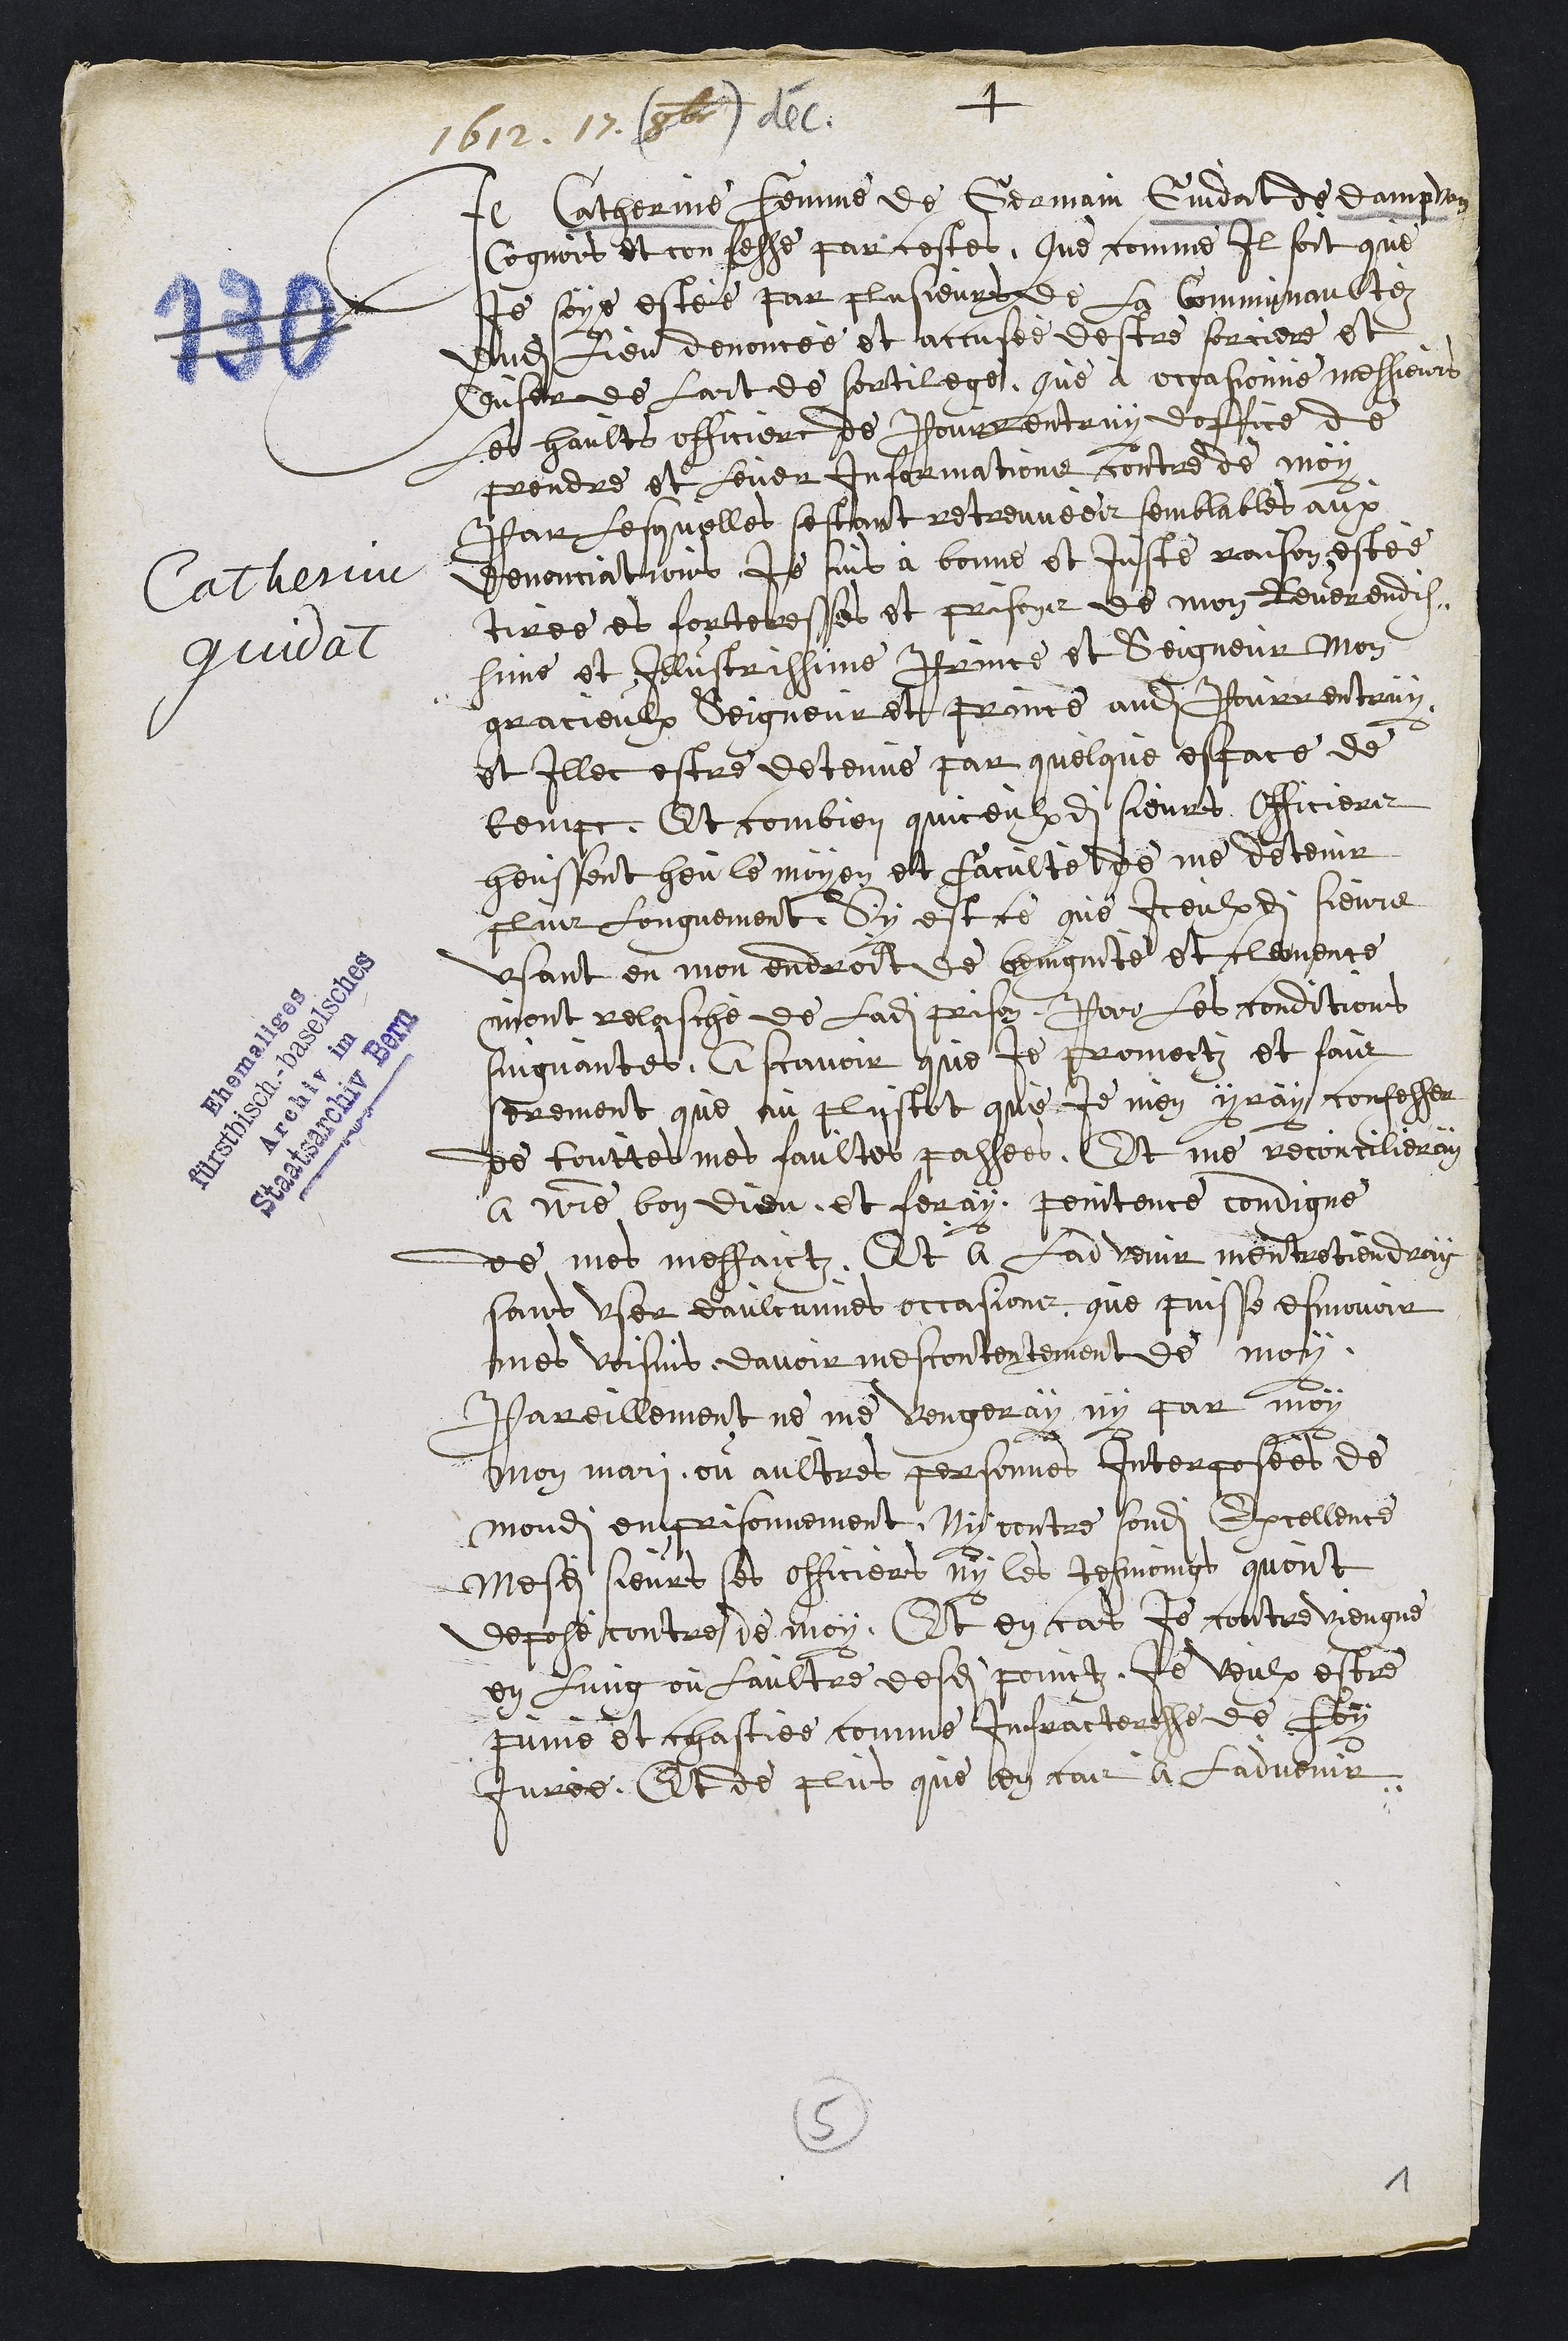
Catherine
Guidat
+
Je Catherine femme de Germain Gindat de Dampvan
Cognoit et confesse par cestes, que comme Il soit que
Je soye estée par plusieurs de la Communaultez
dudit lieu denoncée et accusée destre sorciere et
duser de lart de sortilege, que à occasionné messieurs
les haults officiers de Pourrentruy doffice de
prendre et lever informations contre de moy
Par lesquelle sestant retreuvees semblables aux
denonciations, je suis à bonne et juste raison estee
tiree es forteresses et prisons de mon Reverendis-
sime et Illustrissime Prince et Seigneur Mon
gracieulx Seigneur et Prince audit Pourrentruy
et Illec estre detenue par quelque espace de
temps, Et combien quiceulxdits sieurs Officiers
heussent heu le moyen et faculte de me detenir
plus longuement, Sy est ce que Iceulxdits sieurs
usant en mon endroit de benignité et clemence
mont relasché de ladite prison, Par les conditions
suiguantes, A scavoir que je promectz et fais
serement que au plustot que Je men yray confesser
de touttes mes faultes passees, Et me reconcilieray
a notre bon Dieu, et feray penitence condigne
de mes meffaictz, Et a ladvenir mentretiendray
sans user daulcunnes occasions que puisse esmovoir
mes voisins davoir mescontentement de moy
pareillement ne me vengeray ny par moy
mon mari, ou aultres personnes Interposées de
mondit en prisonnement, Ny contre sondit Excellence
mesdits sieurs les officiers ny les tesmoings quont
depose contre de moy, Et en cas je contre viengne
en lung ou laultre desdits poinctz, Je veulx estre
punie et chastiee comme Infracteresse de foy
jurée. Et de plus que en cas a ladvenir
5
1